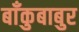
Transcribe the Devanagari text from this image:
बाँकुबाबुर